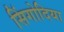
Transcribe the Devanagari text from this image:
सिंगोदिया